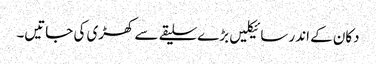
دکان کے اندر سائیکلیں بڑے سلیقے سے کھڑی کی جاتیں۔